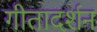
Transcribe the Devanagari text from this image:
गीतादर्शन